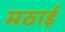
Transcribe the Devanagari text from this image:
मठाई